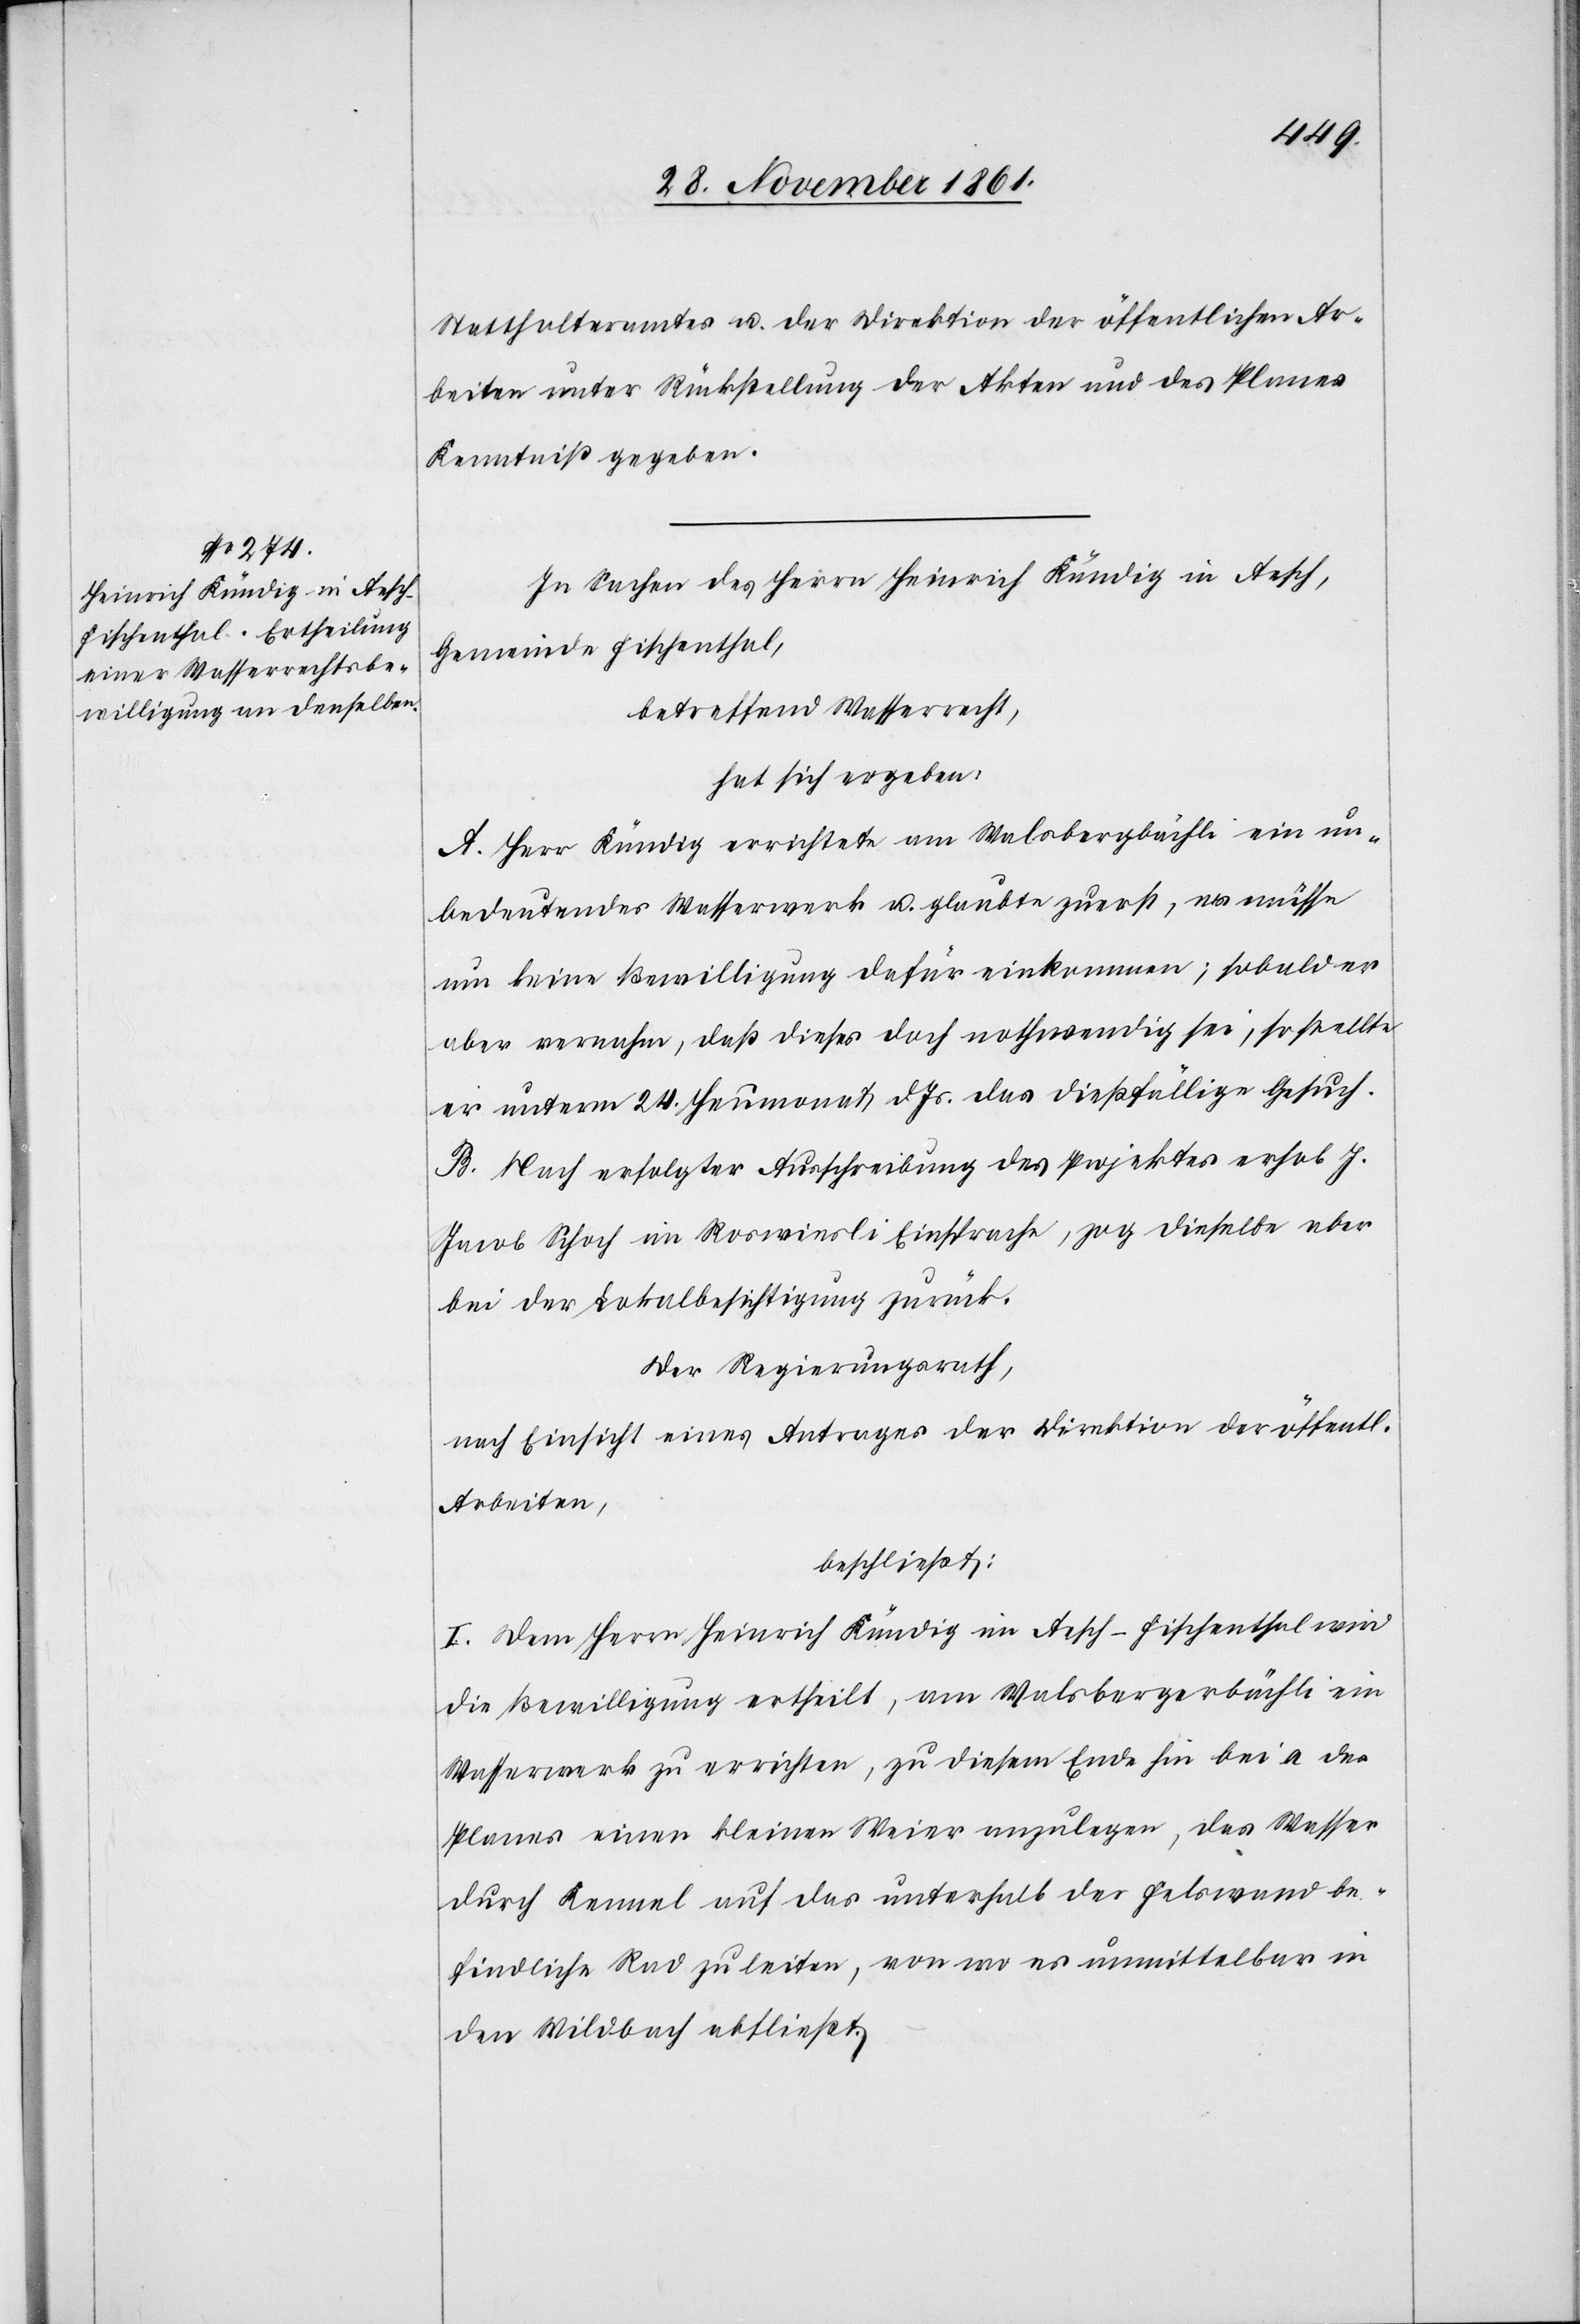
Statthalteramtes u. der Direktion der öffentlichen Ar¬
beiten unter Rückstellung der Akten und des Planes
Kenntniß gegeben.
In Sachen des Herrn Heinrich Kündig in Aesch,
Gemeinde Fischenthal,
betreffend Wasserrecht,
hat sich ergeben:
A. Herr Kündig errichtete am Walsbergbächli ein un¬
bedeutendes Wasserwerk u. glaubte zuerst, er müsse
um keine Bewilligung dafür einkommen; sobald er
aber vernahm, daß dieses doch nothwendig sei, so stellte
er unterm 29 Heumonat d. Js. das dießfällige Gesuch.
B. Nach erfolgter Ausschreibung des Projektes erhob J.
Jacob Schoch im Roswiesli Einsprache, zog dieselbe aber
bei der Lokalbesichtigung zurück.
Der Regierungsrath,
nach Einsicht eines Antrages der Direktion der öffentl.
Arbeiten,
beschließt:
I. Dem Herrn Heinrich Kündig in Aesch-Fischenthal wird
die Bewilligung ertheilt, am Walsbergerbächli ein
Wasserwerk zu errichten, zu diesem Ende hin bei a des
Planes einen kleinen Weier anzulegen, das Wasser
durch Kennel auf das unterhalb der Felswand be¬
findliche Rad zu leiten, von wo es unmittelbar in
den Wildbach abfließt.